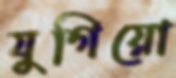
যুগিয়ো